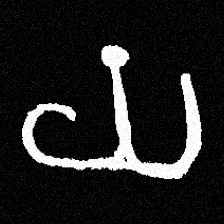
Pyu character \u2014 Myanmar letter: ယ (romanized: ya)